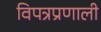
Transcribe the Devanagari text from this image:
विपत्रप्रणाली